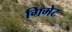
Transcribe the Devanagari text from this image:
गिमेट